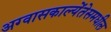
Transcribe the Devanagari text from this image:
अग्वासकाल्येंतेसमधील